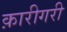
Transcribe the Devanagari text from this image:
क़ारीगरी